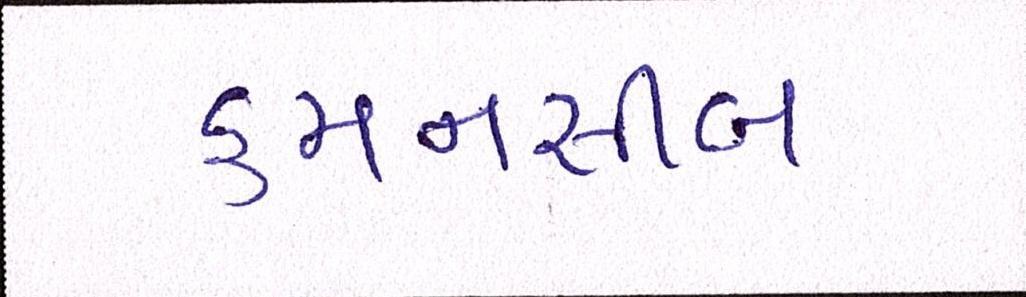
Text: કમનસીબ